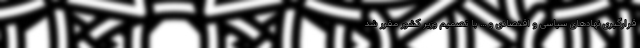
قرارگیری نهادهای سیاسی و اقتصادی و ... با تصمیم وزیر کشور مقرر شد